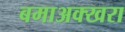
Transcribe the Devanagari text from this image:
बमाअक्खरा